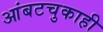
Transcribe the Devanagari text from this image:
आंबटचुकाही